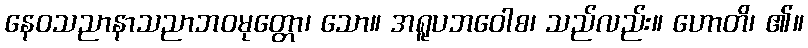
နေဝသညာနာသညာဘဝမုတ္တော၊ သော။ အရူပဘဝေါစ၊ သည်လည်း။ ဟောတိ၊ ၏။